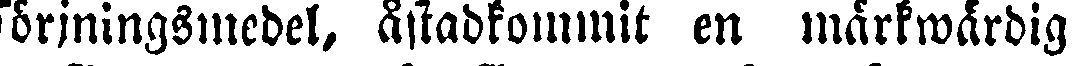
sörjningsmedel, åstadkommit en märkwärdig